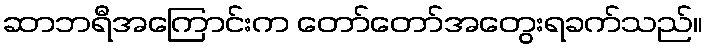
ဆာဘရီအကြောင်းက တော်တော်အတွေးရခက်သည်။